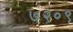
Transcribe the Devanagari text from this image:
७२०९